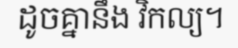
ដូចគ្នានឹង វិកល្យ។